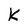
Character: k